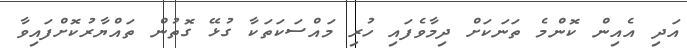
އަދި އެއިން ކޮންމެ ތަނަކަށް ދިމާވެފައި ހުރި މައްސަކަތަކާ ގުޅޭ ގޮތުން ތައްޔާރުކޮށްފައިވާ